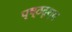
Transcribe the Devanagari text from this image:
पृष्ठदृश्य